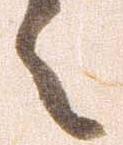
之